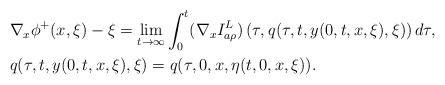
LaTeX: \begin{align*}&\nabla_x\phi^+(x,\xi)-\xi=\lim_{t\to\infty}\int_0^t(\nabla_xI^L_{a\rho})\left(\tau,q(\tau,t,y(0,t,x,\xi),\xi)\right)d\tau,\\&q(\tau,t,y(0,t,x,\xi),\xi)=q(\tau,0,x,\eta(t,0,x,\xi)).\end{align*}